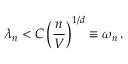
\lambda _ { n } < C \left( \frac { n } { V } \right) ^ { 1 / d } \equiv \omega _ { n } \, .